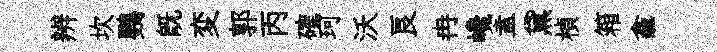
辨坎鸚旣変郭丙確珂沃良冉巉盍黛楨箱龕